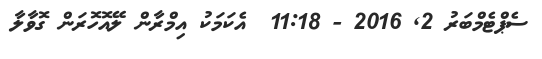
ސެޕްޓެމްބަރު 2